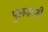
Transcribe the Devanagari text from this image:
पुलवाली